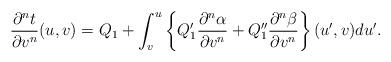
LaTeX: \begin{align*} \frac{\partial^nt}{\partial v^n}(u,v)=Q_1+\int_v^u\left\{Q_1'\frac{\partial^n\alpha}{\partial v^n}+Q_1''\frac{\partial^n\beta}{\partial v^n}\right\}(u',v)du'.\end{align*}